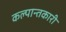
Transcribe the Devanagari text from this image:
कल्पान्तकारी